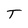
Character: T